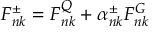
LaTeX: F _ { n k } ^ { \pm } = F _ { n k } ^ { Q } + \alpha _ { n k } ^ { \pm } F _ { n k } ^ { G }